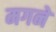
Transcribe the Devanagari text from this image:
मगने